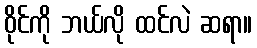
ဝိုင်ကို ဘယ်လို ထင်လဲ ဆရာ။